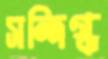
সন্দিগ্ধ